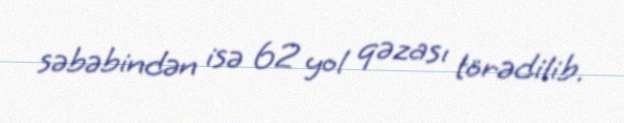
səbəbindən isə 62 yol qəzası törədilib.